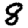
Digit: 8